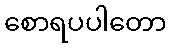
စောရပပါတော